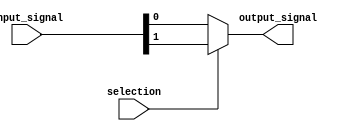
//21
// | Author
//  (pika1021@gmail.com)
`ifndef MULTIPLEXER2TO1_V_INCLUDED
	`define MULTIPLEXER2TO1_V_INCLUDED
	`timescale 1ns / 100ps

	module multiplexer2to1(output_signal, input_signal, selection);
		output output_signal;
		input [1:0]input_signal;
		input selection;
		
		/* TODO:  output  wire  */
		wire output_signal;
		
		assign output_signal = (selection) ? input_signal[1] : input_signal[0];
	endmodule
`endif